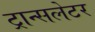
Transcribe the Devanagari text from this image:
ट्रान्सलेटर